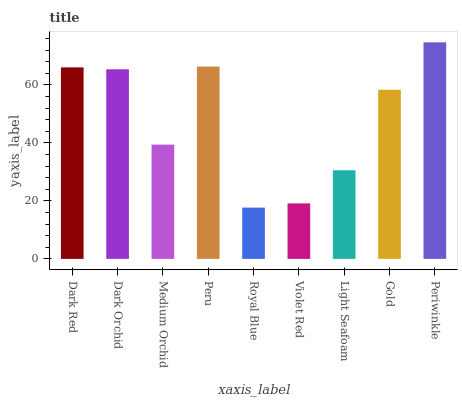
| xaxis_label | bars |
 | --- | --- |
 | Dark Red | 66.1 |
 | Dark Orchid | 65.4 |
 | Medium Orchid | 39.4 |
 | Peru | 66.3 |
 | Royal Blue | 17.7 |
 | Violet Red | 19.1 |
 | Light Seafoam | 30.6 |
 | Gold | 58.3 |
 | Periwinkle | 74.7 |